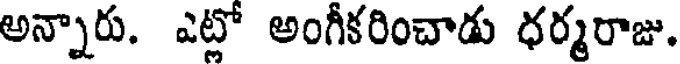
అన్నారు. ఎట్లో అంగీకరించాడు ధర్మరాజు.